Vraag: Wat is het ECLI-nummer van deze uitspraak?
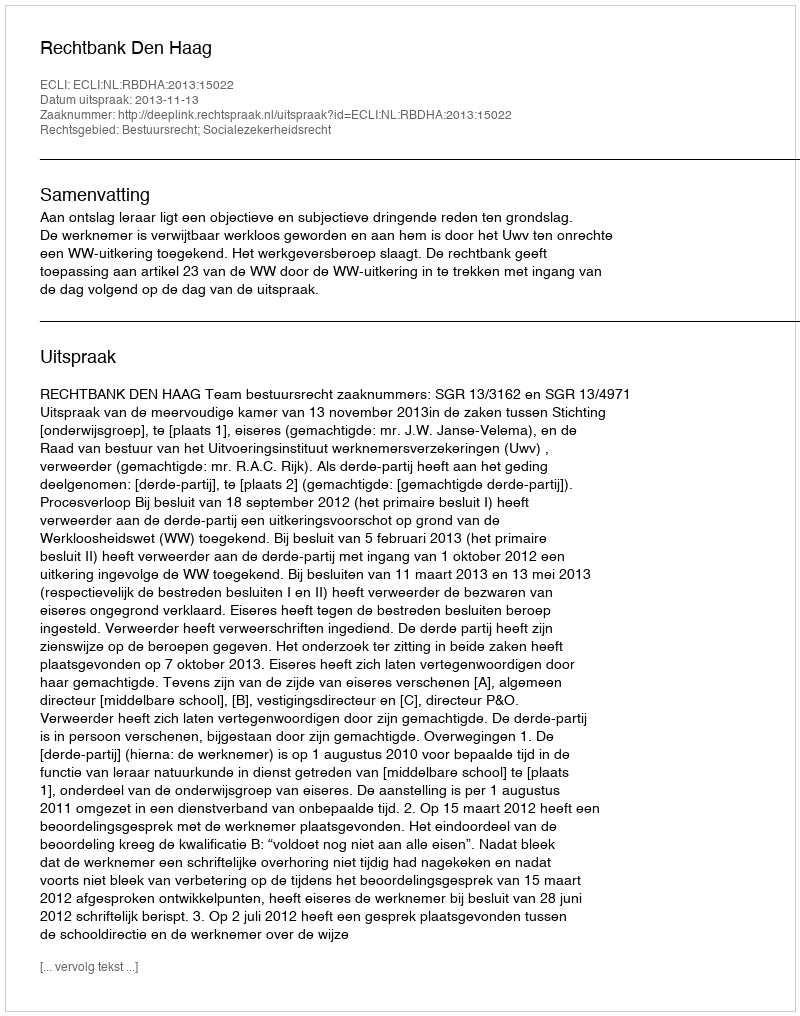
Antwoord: ECLI:NL:RBDHA:2013:15022